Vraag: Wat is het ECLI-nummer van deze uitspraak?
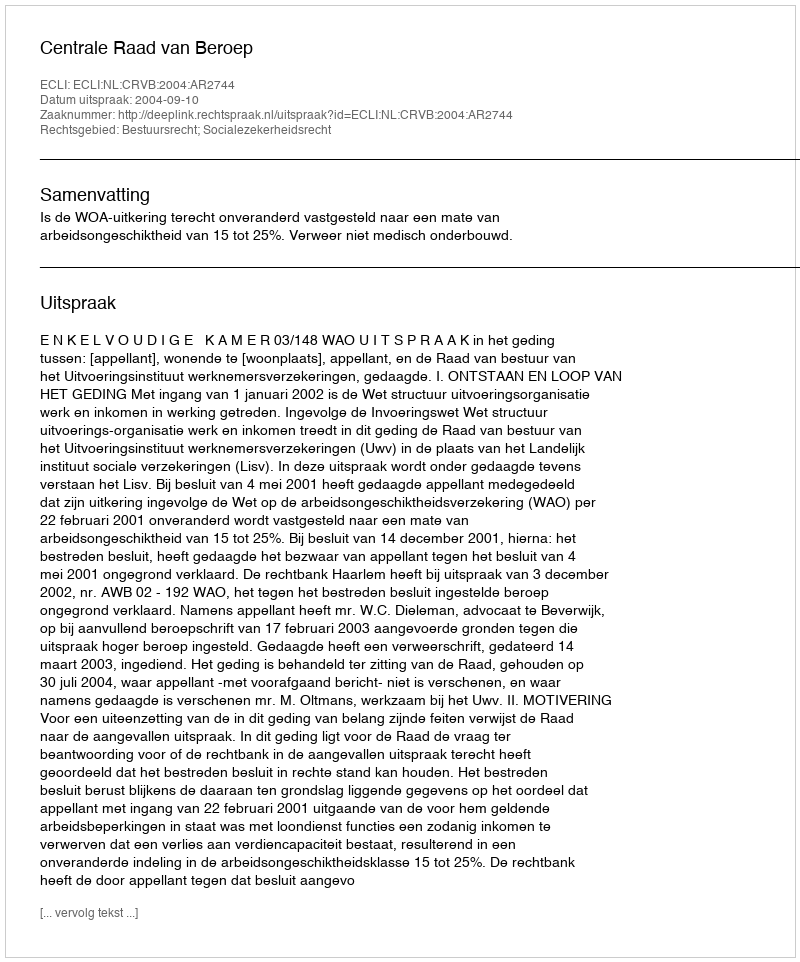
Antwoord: ECLI:NL:CRVB:2004:AR2744